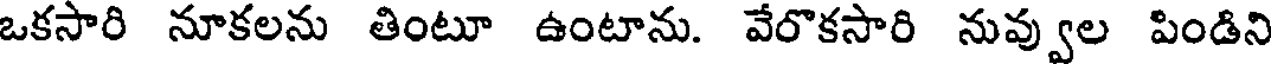
ఒకసారి నూకలను తింటూ ఉంటాను. వేరొకసారి నువ్వుల పిండిని